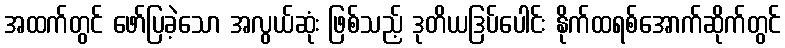
အထက်တွင် ဖော်ပြခဲ့သော အလွယ်ဆုံး ဖြစ်သည့် ဒုတိယဒြပ်ပေါင်း နိုက်ထရစ်အောက်ဆိုက်တွင်